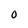
Character: 0